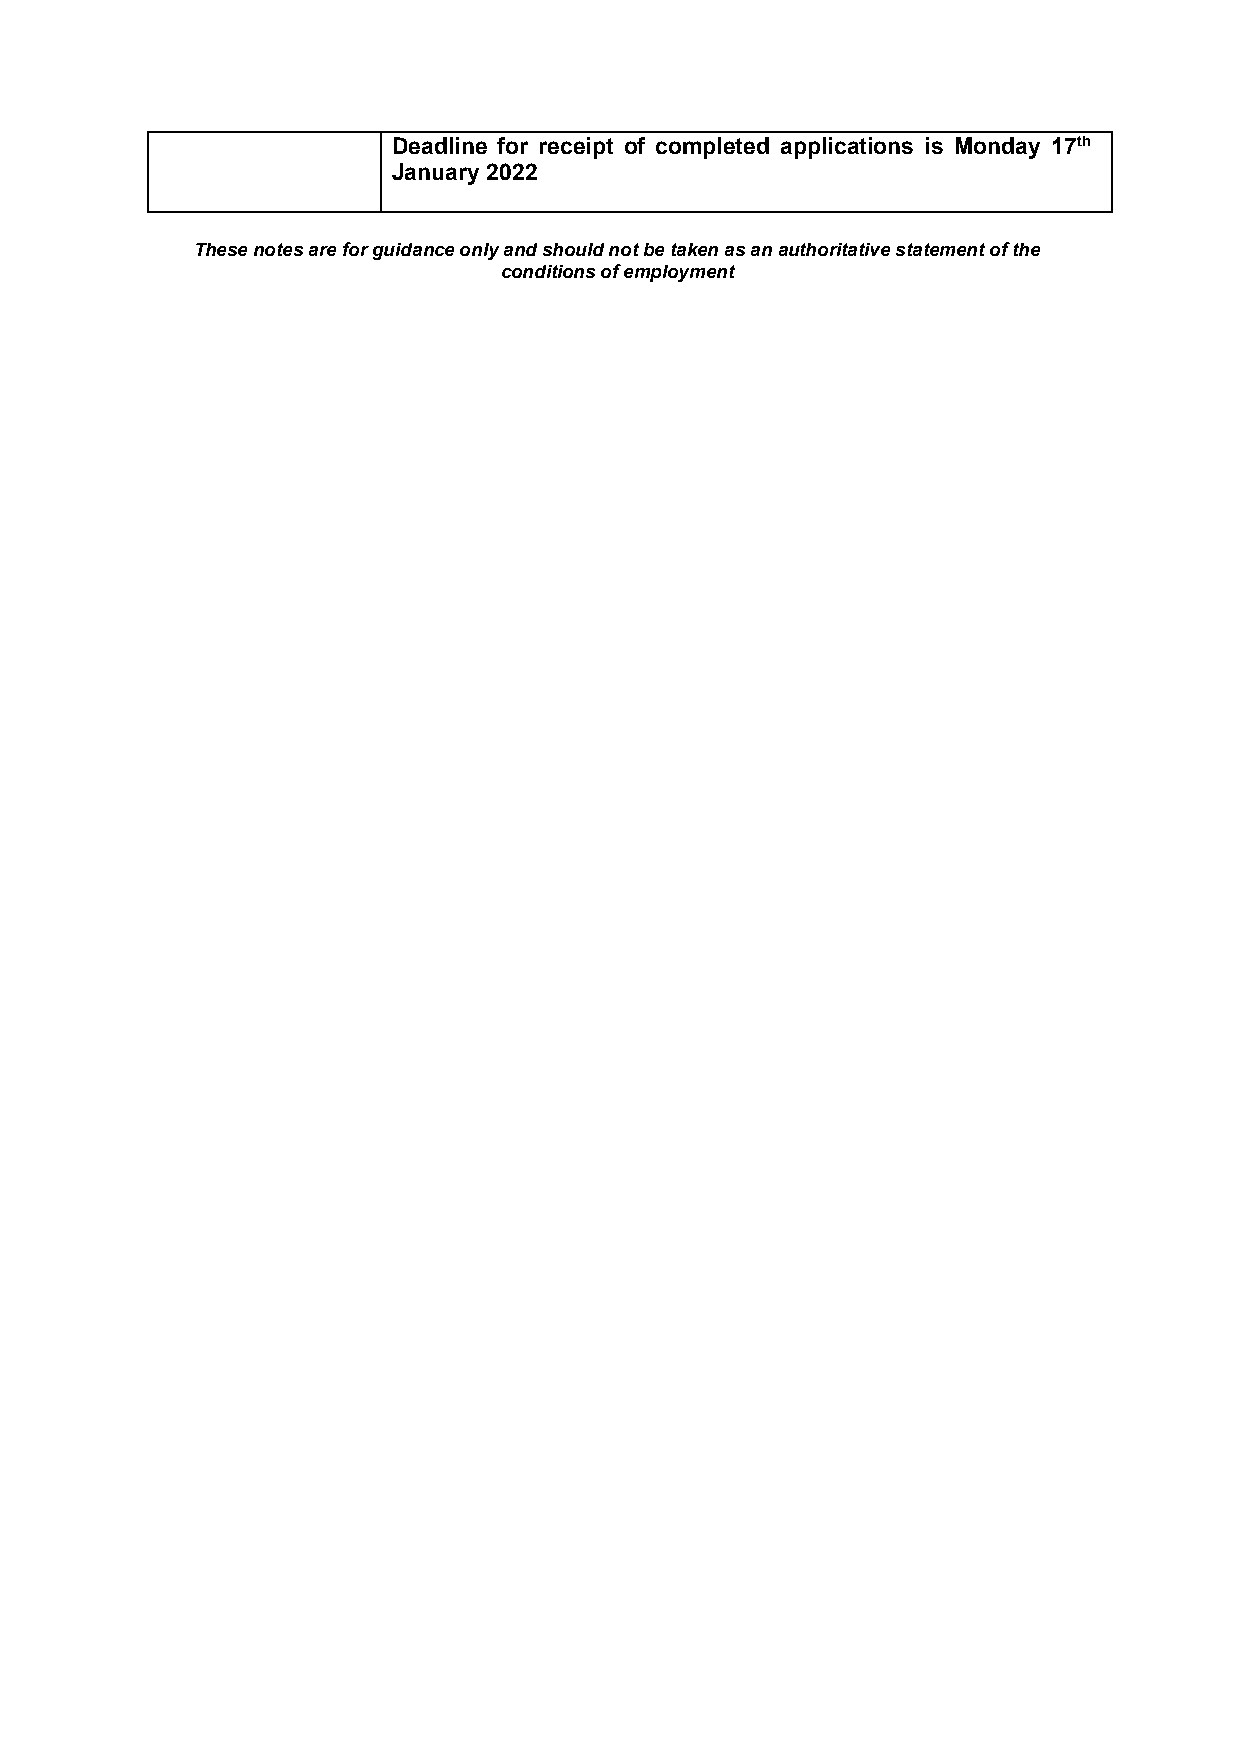
Deadline for receipt of completed applications is Monday 17th
 January 2022
 These notes are for guidance only and should not be taken as an authoritative statement of the
 conditions of employment